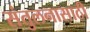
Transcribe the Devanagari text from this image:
संतुलनासाठी